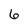
Character: 6